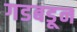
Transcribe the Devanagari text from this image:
गडबडून